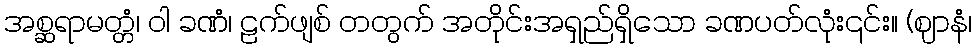
အစ္ဆရာမတ္တံ၊ ဝါ ခဏံ၊ ဠက်ဖျစ် တတွက် အတိုင်းအရှည်ရှိသော ခဏပတ်လုံး၎င်း။ (ဈာနံ၊